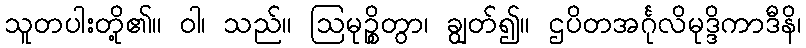
သူတပါးတို့၏။ ဝါ၊ သည်။ ဩမုဉ္စိတွာ၊ ချွတ်၍။ ဌပိတအင်္ဂုလိမုဒ္ဒိကာဒီနိ၊